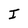
Character: I